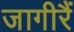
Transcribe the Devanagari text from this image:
जागीरैं